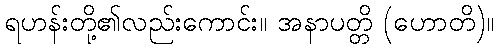
ရဟန်းတို့၏လည်းကောင်း။ အနာပတ္တိ (ဟောတိ)။